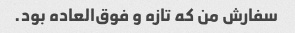
سفارش من که تازه و فوق‌العاده بود.